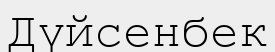
Дүйсенбек